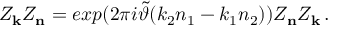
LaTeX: Z _ { \bf k } Z _ { \bf n } = e x p ( 2 \pi i \tilde { \vartheta } ( k _ { 2 } n _ { 1 } - k _ { 1 } n _ { 2 } ) ) Z _ { \bf n } Z _ { \bf k } \, .